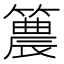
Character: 𥵛